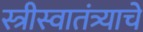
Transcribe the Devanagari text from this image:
स्त्रीस्वातंत्र्याचे